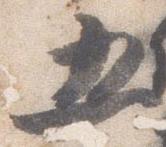
五